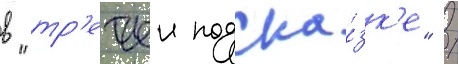
в "тр'етьеи подска́зк'е" /